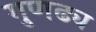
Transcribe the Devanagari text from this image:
गुणढ्य